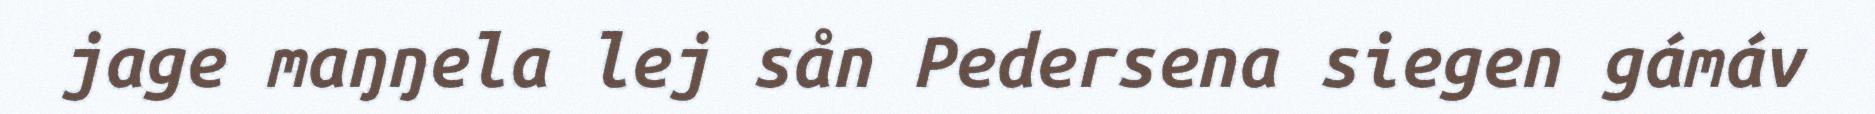
jage maŋŋela lej sån Pedersena siegen gámáv